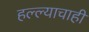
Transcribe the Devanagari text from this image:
हल्ल्याचाही